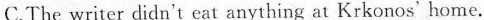
C.The writer didn't eat anything at Krkonos' home.